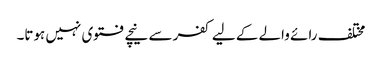
مختلف رائے والے کے لیے کفر سے نیچے فتوی نہیں ہوتا۔